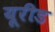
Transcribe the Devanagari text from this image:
यूरीड